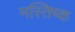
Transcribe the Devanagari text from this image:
मस्तिष्क